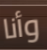
وأنا